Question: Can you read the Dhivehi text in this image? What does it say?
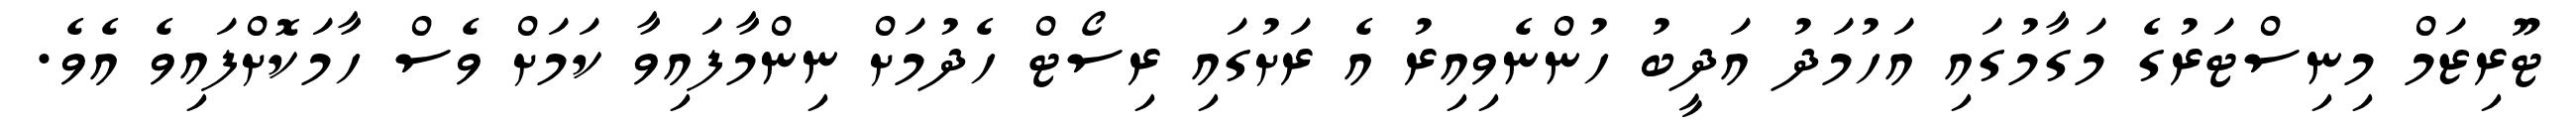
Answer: ޓޫރިޒަމް މިނިސްޓަރުގެ މަގާމުގައި އަހުމަދު އަދީބު ހުންނެވިއިރު އެ ރަށުގައި ރިސޯޓް ހެދުމަށް ނިންމާފައިވާ ކަމަށް ވެސް ހާމަކޮށްފައިވެ އެވެ.